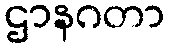
ဌာနဂတာ